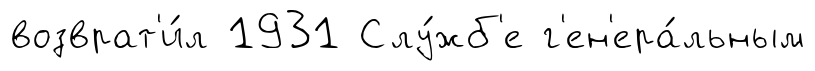
возврат'и́л 1931 Слу́жб'е г'ен'ера́льным